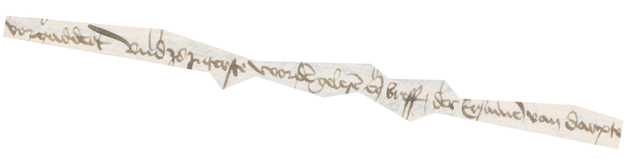
vorgaddert und zo Jnterste worden gelesen enen breff, der Ersamen van Darpte